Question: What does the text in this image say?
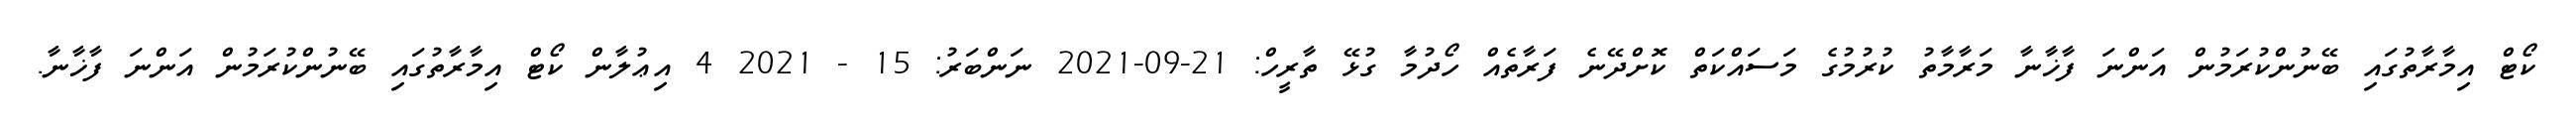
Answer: ކޯޓް އިމާރާތުގައި ބޭނުންކުރަމުން އަންނަ ފާޚާނާ މަރާމާތު ކުރުމުގެ މަސައްކަތް ކޮށްދޭނެ ފަރާތެއް ހޯދުމާ ގުޅޭ ތާރީހް: 21-09-2021 ނަންބަރު: 15 - 2021 4 އިޢުލާން ކޯޓް އިމާރާތުގައި ބޭނުންކުރަމުން އަންނަ ފާޚާނާ.